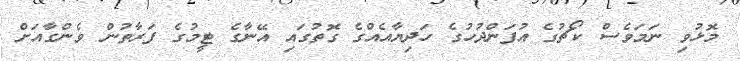
މޮޅުވި ނަމަވެސް ކޯޗުގެ އުފަންދުހުގެ ހަދިޔާއެއްގެ ގޮތުގައި އޭނާގެ ޓީމުގެ ފަރާތުން ވެންގާއަށް